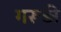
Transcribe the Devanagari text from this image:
गरूड़ी